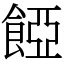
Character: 𩜄